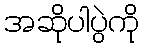
အဆိုပါပွဲကို